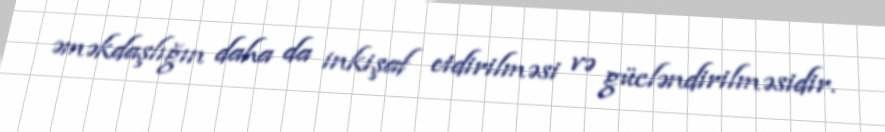
əməkdaşlığın daha da inkişaf etdirilməsi və gücləndirilməsidir.